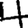
Digit: 4